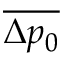
\overline { { \Delta p _ { 0 } } }